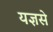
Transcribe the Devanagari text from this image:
यज्ञसे